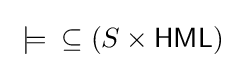
{}\models {}\subseteq (S\times {\mathsf {HML}})